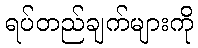
ရပ်တည်ချက်များကို